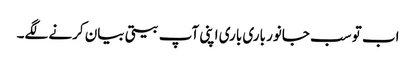
اب تو سب جانور باری باری اپنی آپ بیتی بیان کرنے لگے۔